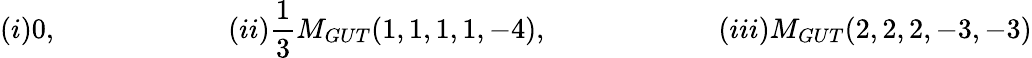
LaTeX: (i)0,\qquad\qquad\qquad(ii)\frac{1}{3}M_{GUT}(1,1,1,1,-4),\qquad\qquad\qquad(iii)M_{GUT}(2,2,2,-3,-3)